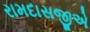
રામદાસજીએ